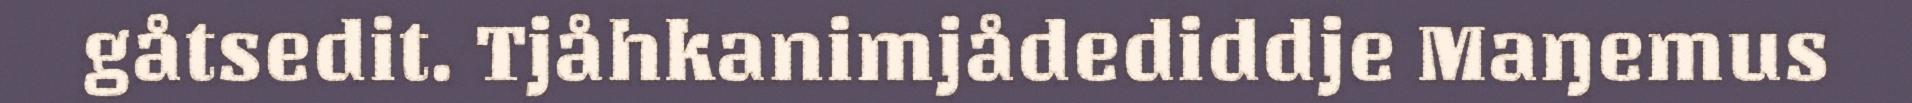
gåtsedit. Tjåhkanimjådediddje Maŋemus